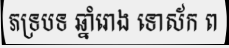
ភទ្របទ ឆ្នាំរោង ទោស័ក ព